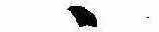
ゝ